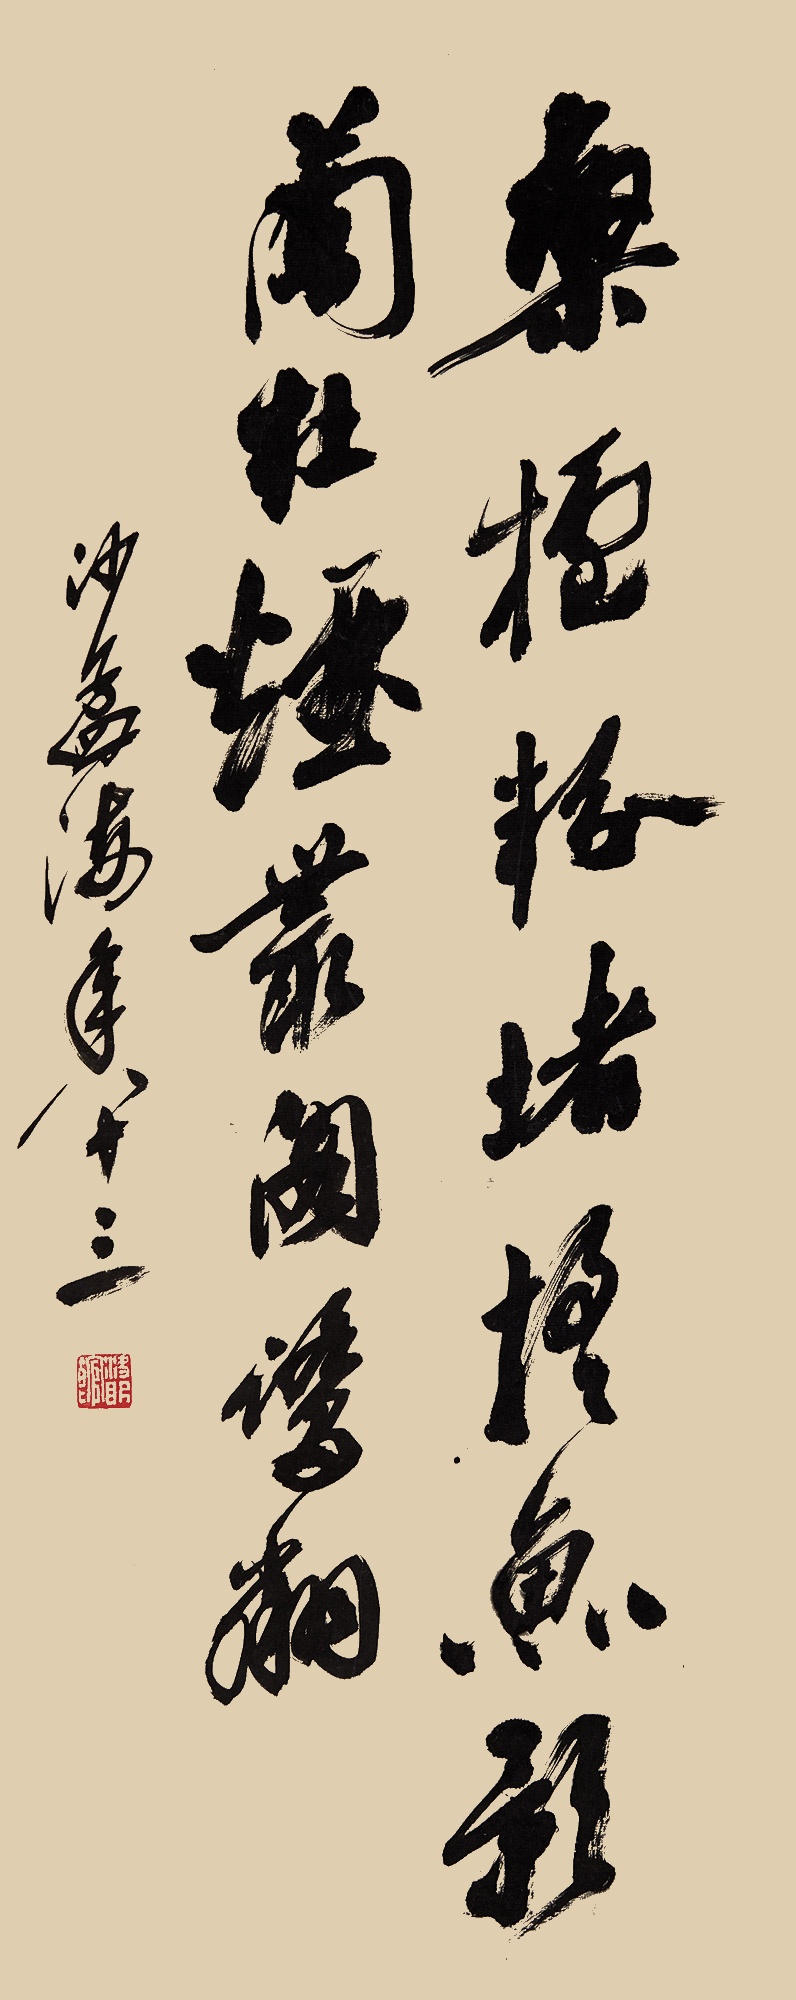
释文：栾栌粉堵摇鱼影，兰杜烟丛阁鹭翎。沙孟海，年八十三。